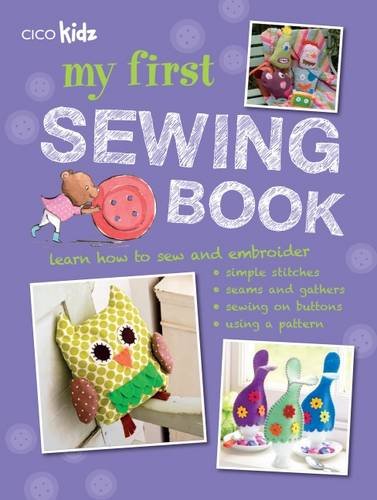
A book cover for My First Sewing Book: 35 Easy and Fun Projects for Children Age 7 Years Old + (Cico Kidz); Susan Akass; Crafts, Hobbies & Home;